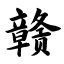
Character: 赣